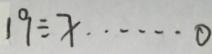
1 9 \div x \cdots 0